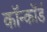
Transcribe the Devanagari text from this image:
कॉन्कॉर्ड